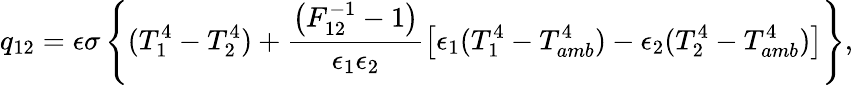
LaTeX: q_{12}=\epsilon\sigma\left\{ (T_{1}^{4}-T_{2}^{4})+\frac{\left(F_{12}^{-1}-1\right)}{\epsilon_{1}\epsilon_{2}}\left[\epsilon_{1}(T_{1}^{4}-T_{amb}^{4})-\epsilon_{2}(T_{2}^{4}-T_{amb}^{4})\right]\right\} {,}